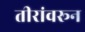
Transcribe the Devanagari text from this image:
तीरांवरून